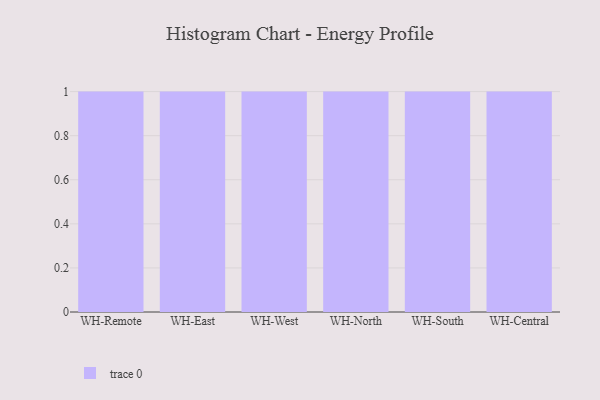
{"axis": {"x": "Warehouse", "y": "Customer Acquisition Cost (USD)"}, "legend": [""], "data": [{"x": "WH-Remote", "y": 97, "type": ""}, {"x": "WH-East", "y": 9, "type": ""}, {"x": "WH-West", "y": 94, "type": ""}, {"x": "WH-North", "y": 50, "type": ""}, {"x": "WH-South", "y": 30, "type": ""}, {"x": "WH-Central", "y": 17, "type": ""}]}